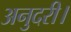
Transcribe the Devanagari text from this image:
अनुदरी।